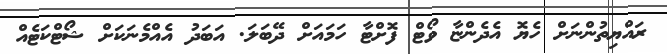
ރައްޔިތުންނަށް ހެޔޮ އެދެންޏާ ވޯޓް ފޮށްޓާ ހަމައަށް ދޭބަލަ. އަބަދު އެއްމެނަކަށް ޝޯޓްކަޓެއް